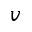
v